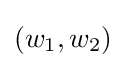
(w_{1},w_{2})